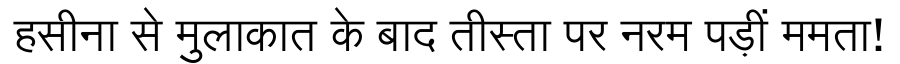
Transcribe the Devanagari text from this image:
हसीना से मुलाकात के बाद तीस्ता पर नरम पड़ीं ममता!